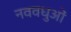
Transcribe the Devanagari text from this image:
नववधुओं